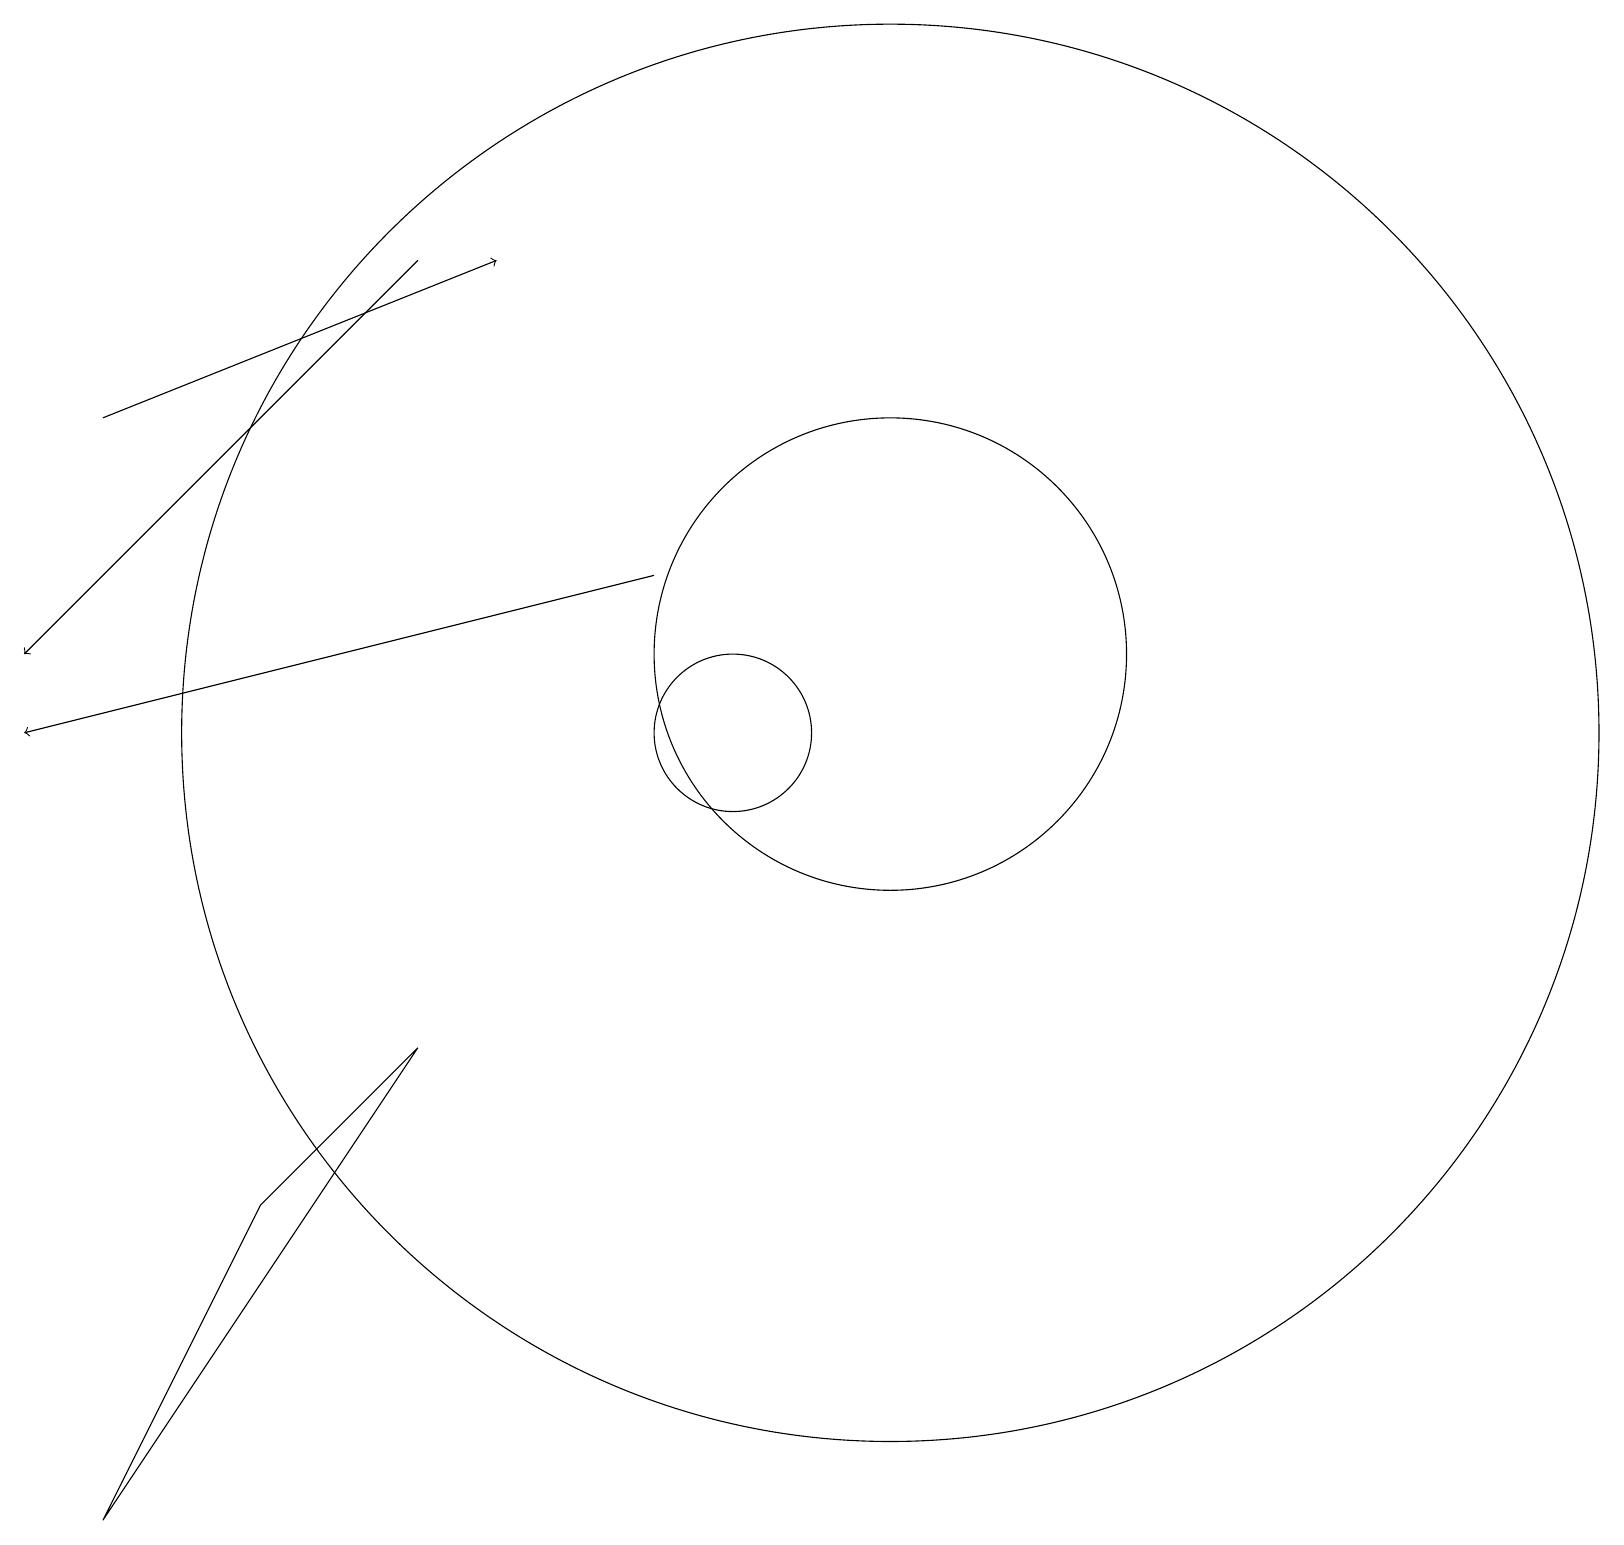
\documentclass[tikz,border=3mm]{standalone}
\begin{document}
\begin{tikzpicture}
\draw (12,10) circle (9);
\draw[->] (6,16) -- (1,11);
\draw[->] (2,14) -- (7,16);
\draw (4,4) -- (6,6) -- (2,0) -- cycle;
\draw[->] (9,12) -- (1,10);
\draw (10,10) circle (1);
\draw (12,11) circle (3);
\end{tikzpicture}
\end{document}